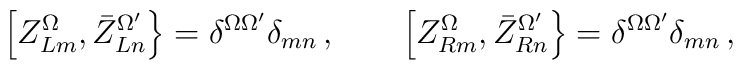
\left[ Z^\Omega_{Lm} , \bar Z^{\Omega'}_{Ln}\right\}=\delta^{\Omega\Omega'}\delta_{mn} \, , \qquad  \left[Z^\Omega_{Rm} , \bar Z^{\Omega'}_{Rn}\right\}=\delta^{\Omega\Omega'}\delta_{mn} \, ,